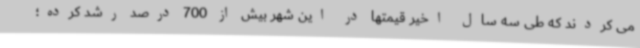
می کردند که طی سه سال اخیر قیمتها در این شهر بیش از 700 درصد رشد کرده؛